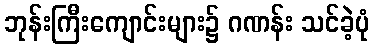
ဘုန်းကြီးကျောင်းများ၌ ဂဏန်း သင်ခဲ့ပုံ